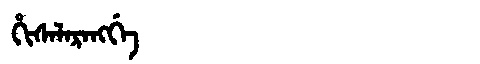
Manchu: ᡥᡳᠰᠠᠯᠠᡵᠠᠩᡤᡝ
Romanization: HISALARANGGE